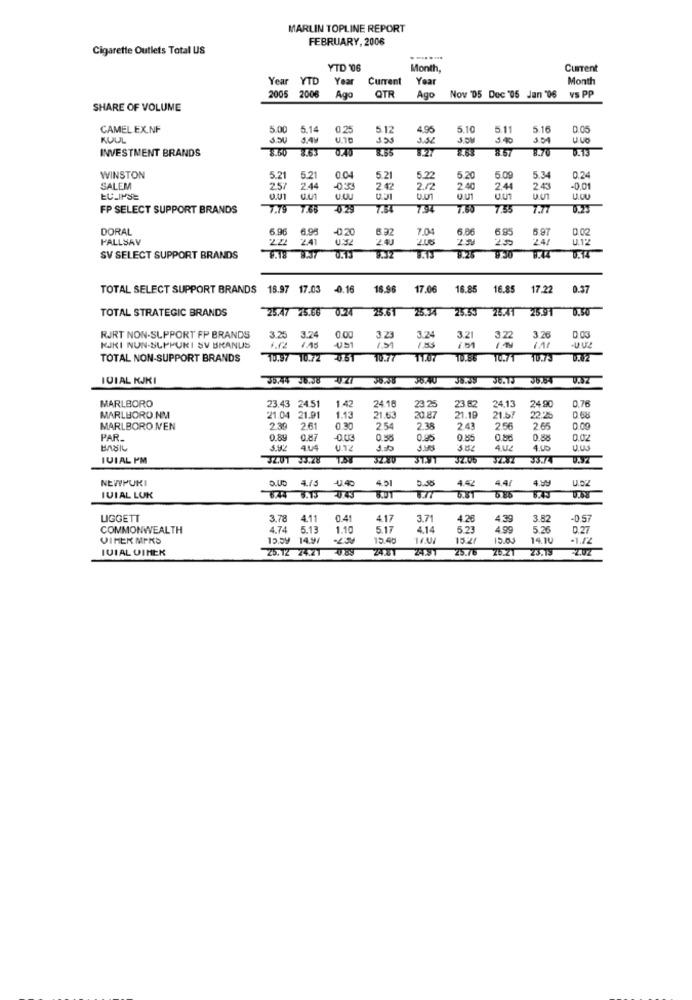
MARLIN TOPLINE REPORT
FEBRUARY, 2006
Cigarette Outlets Total US
FTD '06
Month,
Current
Year YTD
Year
Current
Year
Month
2005 2006
Ago
QTR
Ago
Nov '05 Dec '05 Jan '06 vs PP
SHARE OF VOLUME
CAMEL EX.NF
5.00
5.14
0.2
5.12
4.96
5.10
5.11
5.16
0.05
KUUL
SAM
3.55
3.52
3.OM
140
INVESTMENT BRANDS
8.60
2.63
8-27
8:57
WINSTON
5.21
5.21
0.04
5.21
5.22
5.20
5.0
5.34
0.24
SALEM
2.57
2.44
242
2.52
2.40
2.44
243
-0,01
ECLIPSE
0.U1
15
u.Un
FP SELECT SUPPORT BRANDS
7.79 7.65
02
7.34
794
7.50
7:35
7.77
DORAL
6.96 6.95
6.95
-0.20
8.32
7.04
6.06
6.9
5.97
0 02
FALLSAV
22 241
241
2.06
235
24/
SV SELECT SUPPORT BRANDS
9.18 8.37 0.13
0.14
TOTAL SELECT SUPPORT BRANDS 18.97 17.03
-0.16
16.96
17.06
16.85
16.85
17.22
0.37
TOTAL STRATEGIC BRANDS
25.47 25.66
25.34
26.41 25.91
0.50
0.03
RJRT NON-SUPPORT FP BRANDS
3.25 3.24
3.24
0.00
3.23
3.24
3.21
3.26
KKI NUN-SLIPUKI SV BKANUS
151
TOTAL NON-SUPPORT BRANDS
10.57 10.72 0.61
2051
10.77
11.07
10.71
10.73
ICIAL KJKI
36.44 36.08
36.54
U.SZ
MARLBORO
24.18
24.13
0.76
23.43 24.51
1.42
23 25
23.62
24 90
MARLBORO.NM
21.04 21.91
1.13
21.63
20.87
21.19
21.57
22.2%
MARLBORO.MEN
2.39
2.61
0.30
2.54
2.38
2.43
2.56
2.65
0.09
PAR_
0.89
0.87
0.58
0.85
0.88
4.U
U.12
5 152
4.10
IVIAL PM
33.74
U.SZ
NEWPURI
5.45
4.75
-1.40
5.50
4.42
4.41
4.99
4.51
IUIAL LUK
8:44 8.13
T.77
5.85
LIGGETT
3.78
4.11
0.41
4.17
3.71
4.26
4.39
3.82
-0.57
COMMONWEALTH
4.74
5.13
1.10
5.17
4.14
5.23
4.99
5.2
0.27
VIMER MIKS
15.59 14.97
15.45
16.01
15.21
15.05
14.10
-1.12
IVIAL VINEK
26.12 24:21
25.76
ZU.ZT
23.19